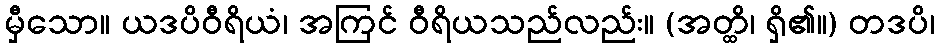
မှီသော။ ယဒပိဝီရိယံ၊ အကြင် ဝီရိယသည်လည်း။ (အတ္ထိ၊ ရှိ၏။) တဒပိ၊